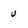
Character: u